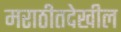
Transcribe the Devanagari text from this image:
मराठीतदेखील